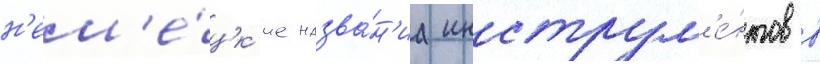
н'ем'е́цк'ие назва́н'иа инструм'е́нтов в